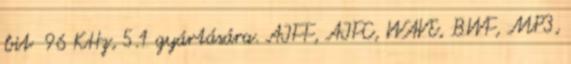
bit 96 KHz, 5.1 gyártására. AIFF, AIFC, WAVE, BWF, MP3,